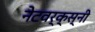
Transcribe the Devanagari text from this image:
नेटवर्क्स्‌नी